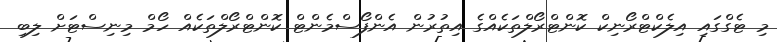
މި ޓެގްގައި އިލެކްޓްރޯނިކް ކޮންޓްރޯލްތަކެއްގެ އިތުރުން އެންފޯސްމެންޓް ކޮންޓްރޯލްތަކެއް ހޯމް މިނިސްޓަށް ލިިބި